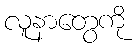
လူနာတွေကို